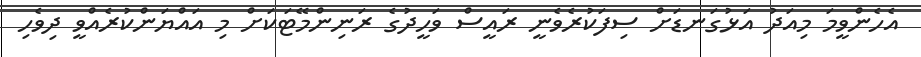
އެހެންވީމަ މިއަދު އަޅުގަނޑަށް ސިފަކުރެވެނީ ރައީސް ވަހީދުގެ ރަނިންމޭޓަކަށް މި އައްޔަންކުރެއްވީ ދިވެހި